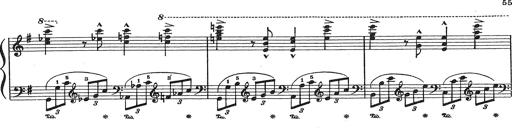
Title: Grosses Konzertsolo
Composer: Franz Liszt